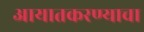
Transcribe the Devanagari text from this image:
आयातकरण्याचा